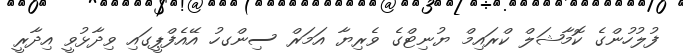
ފުލުހުންގެ ކޮމާޝަލް ކްރައިމް ޔުނިޓްގެ ވެރިޔާ އަމަރް ސިންގހު އޭއެފްޕީގައި ވިދާޅުވީ އިދާރީ